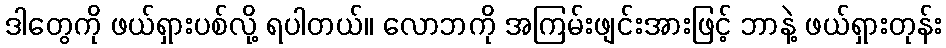
ဒါတွေကို ဖယ်ရှားပစ်လို့ ရပါတယ်။ လောဘကို အကြမ်းဖျင်းအားဖြင့် ဘာနဲ့ ဖယ်ရှားတုန်း